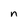
Character: n